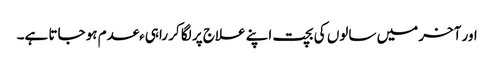
اور آخر میں سالوں کی بچت اپنے علاج پر لگا کر راہیءعدم ہو جاتا ہے۔